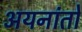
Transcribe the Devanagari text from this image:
अयनांतों